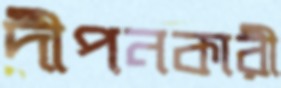
দীপনকারী